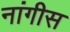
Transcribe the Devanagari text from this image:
नांगीस